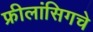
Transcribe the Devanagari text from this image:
फ्रीलांसिगचे